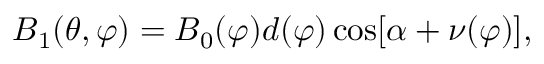
B _ { 1 } ( \theta , \varphi ) = B _ { 0 } ( \varphi ) d ( \varphi ) \cos [ \alpha + \nu ( \varphi ) ] ,